Indian journal of veterinary science and animal husbandry - Volumes 26-27, 1956-1957
Year: 1956
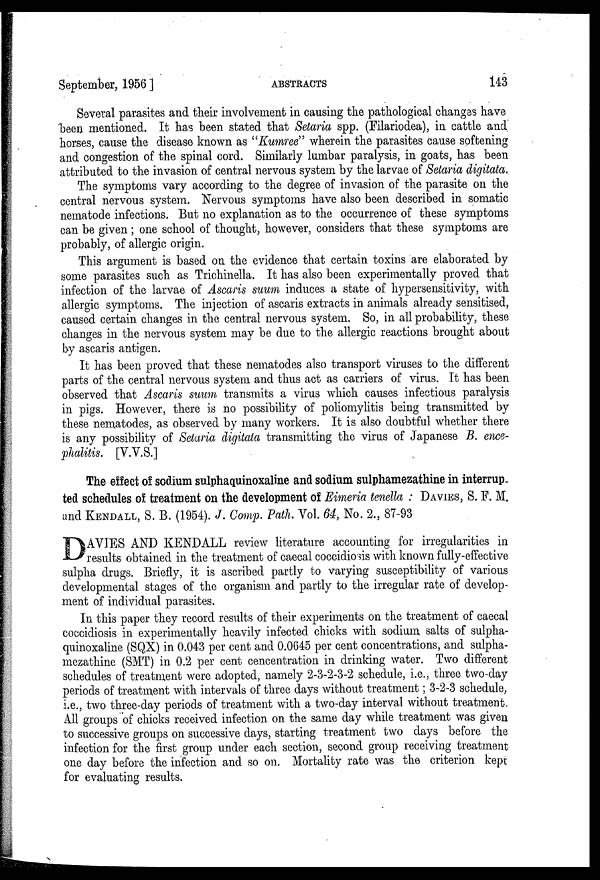
September, 1956 ]
ABSTRACTS
143
Several parasites and their involvement in causing the pathological changes have
been mentioned. It has been stated that Setaria spp. (Filariodea), in cattle and
horses, cause the disease known as "Kumree" wherein the parasites cause softening
and congestion of the spinal cord. Similarly lumbar paralysis, in goats, has been
attributed to the invasion of central nervous system by the larvae of Setaria digitata.
The symptoms vary according to the degree of invasion of the parasite on the
central nervous system. Nervous symptoms have also been described in somatic
nematode infections. But no explanation as to the occurrence of these symptoms
can be given; one school of thought, however, considers that these symptoms are
probably, of allergic origin.
This argument is based on the evidence that certain toxins are elaborated by
some parasites such as Trichinella. It has also been experimentally proved that
infection of the larvae of Ascaris suum induces a state of hypersensitivity, with
allergic symptoms. The injection of ascaris extracts in animals already sensitised,
caused certain changes in the central nervous system. So, in all probability, these
changes in the nervous system may be due to the allergic reactions brought about
by ascaris antigen.
It has been proved that these nematodes also transport viruses to the different
parts of the central nervous system and thus act as carriers of virus. It has been
observed that Ascaris suum transmits a virus which causes infectious paralysis
in pigs. However, there is no possibility of poliomylitis being transmitted by
these nematodes, as observed by many workers. It is also doubtful whether there
is any possibility of Setaria digitata transmitting the virus of Japanese B. ence-
phalitis. [V.V.S.]
The effect of sodium sulphaquinoxaline and sodium sulphamezathine in interrup-
ted schedules of treatment on the development of Eimeria tenella : DAVIES, S. F. M.
and KENDALL, S. B. (1954). J. Comp. Path. Vol. 64, No. 2., 87-93
D AVIES AND KENDALL review literature accounting for irregularities in
results obtained in the treatment of caecal coccidiosis with known fully-effective
sulpha drugs. Briefly, it is ascribed partly to varying susceptibility of various
developmental stages of the organism and partly to the irregular rate of develop-
ment of individual parasites.
In this paper they record results of their experiments on the treatment of caecal
coccidiosis in experimentally heavily infected chicks with sodium salts of sulpha-
quinoxaline (SQX) in 0.043 per cent and 0.0645 per cent concentrations, and sulpha-
mezathine (SMT) in 0.2 per cent cencentration in drinking water. Two different
schedules of treatment were adopted, namely 2-3-2-3-2 schedule, i.e., three two-day
periods of treatment with intervals of three days without treatment ; 3-2-3 schedule,
i.e., two three-day periods of treatment with a two-day interval without treatment
All groups of chicks received infection on the same day while treatment was given
to successive groups on successive days, starting treatment two days before the
infection for the first group under each section, second group receiving treatment
one day before the infection and so on. Mortality rate was the criterion kept
for evaluating results.